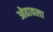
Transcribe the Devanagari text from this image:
ओढावला